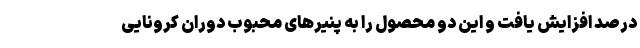
درصد افزایش یافت و این دو محصول را به پنیرهای محبوب دوران کرونایی